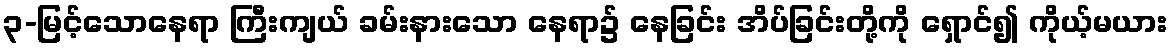
၃-မြင့်သောနေရာ ကြီးကျယ် ခမ်းနားသော နေရာ၌ နေခြင်း အိပ်ခြင်းတို့ကို ရှောင်၍ ကိုယ့်မယား